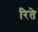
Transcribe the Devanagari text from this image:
रिते